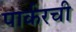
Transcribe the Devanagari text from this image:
पार्करची